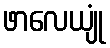
ဖာလေယျုံ